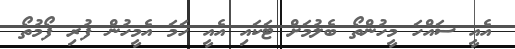
އެއީ ސައްހަ މީހުންތޯ ބެލުމަށް ޓަކައި އެއީ ހަމަ އެމީހުން ފުރި ފޯމުތޯ